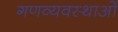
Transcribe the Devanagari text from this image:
गणव्यवस्थाओं